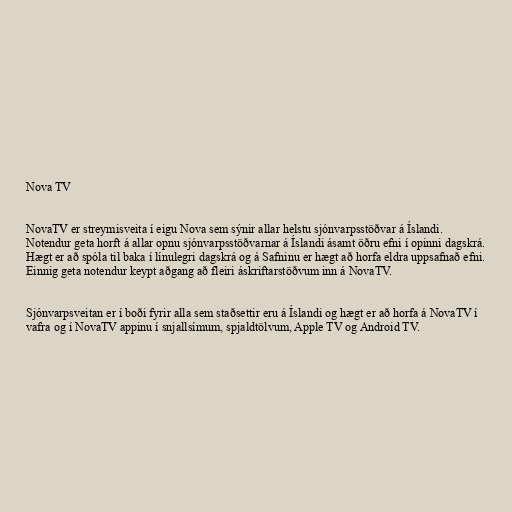
Nova TV

NovaTV er streymisveita í eigu Nova sem sýnir allar helstu sjónvarpsstöðvar á Íslandi.
Notendur geta horft á allar opnu sjónvarpsstöðvarnar á Íslandi ásamt öðru efni í opinni dagskrá.
Hægt er að spóla til baka í línulegri dagskrá og á Safninu er hægt að horfa eldra uppsafnað efni.
Einnig geta notendur keypt aðgang að fleiri áskriftarstöðvum inn á NovaTV.

Sjónvarpsveitan er í boði fyrir alla sem staðsettir eru á Íslandi og hægt er að horfa á NovaTV í
vafra og í NovaTV appinu í snjallsímum, spjaldtölvum, Apple TV og Android TV.